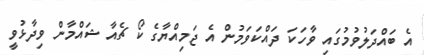
އެ ބައްދަލުވުމުގައި ވާހަކަ ދައްކަވަމުން އެ ޖަމިއްޔާގެ ކޯ ޗެއާ ޝައްމާން ވިދާޅުވީ